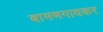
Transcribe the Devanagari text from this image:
बामणगावकर